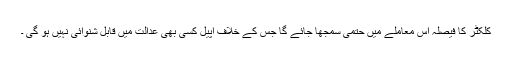
کلکٹر کا فیصلہ اس معاملے میں حتمی سمجھا جائے گا جس کے خلاف اپیل کسی بھی عدالت میں قابل شنوائی نہیں ہو گی ۔